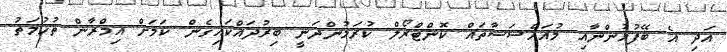
އަދި އެ ބޭފުޅުންނާއި މުއައްސަސާތައް ކޮންޓްރޯލް ކުރަމުންދަނީ ބިރުދައްކައިގެން ކަމަށް އިމްރާން ތުހުމަތު